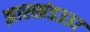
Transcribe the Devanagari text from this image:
झारखंड३३७